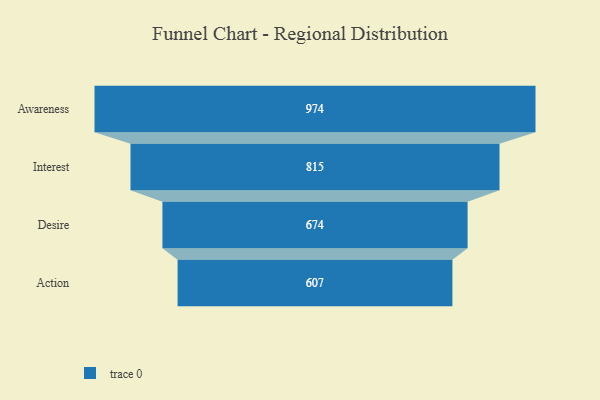
{"axis": {"x": "Stage", "y": "Value"}, "legend": [""], "data": [{"x": "Awareness", "y": 974.0, "type": ""}, {"x": "Interest", "y": 815.0, "type": ""}, {"x": "Desire", "y": 674.0, "type": ""}, {"x": "Action", "y": 607.0, "type": ""}]}